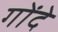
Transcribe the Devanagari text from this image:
गोंदे